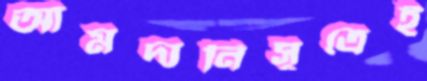
আমদানিসূত্রেই